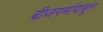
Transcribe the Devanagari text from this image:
बीजगर्भापासून